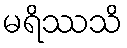
မရိဿသိ